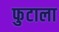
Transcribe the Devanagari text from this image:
फुटाला